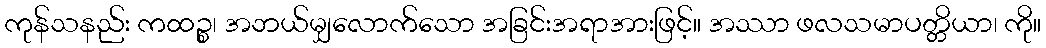
ကုန်သနည်း ကထဉ္စ၊ အဘယ်မျှလောက်သော အခြင်းအရာအားဖြင့်။ အဿာ ဖလသမာပတ္တိယာ၊ ကို။